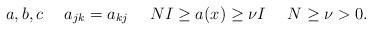
LaTeX: \begin{align*} a,b,c\ \ \ \ a_{jk}=a_{kj}\ \ \ \ NI\ge a(x)\ge\nu I \ \ \ \ N\ge\nu>0.\end{align*}